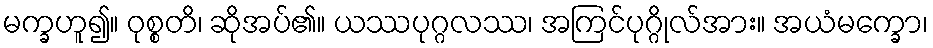
မက္ခဟူ၍။ ဝုစ္စတိ၊ ဆိုအပ်၏။ ယဿပုဂ္ဂလဿ၊ အကြင်ပုဂ္ဂိုလ်အား။ အယံမက္ခော၊